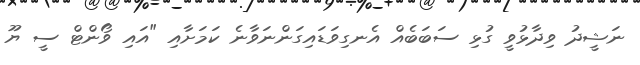
ނަޝީދު ވިދާޅުވީ ގުޅި ސަބަބެއް އެނގިވަޑައިގަންނަވާނެ ކަމަށާއި "އައި ވޯންޓް ސީ ޔޫ